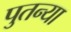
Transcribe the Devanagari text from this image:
पुतन्या